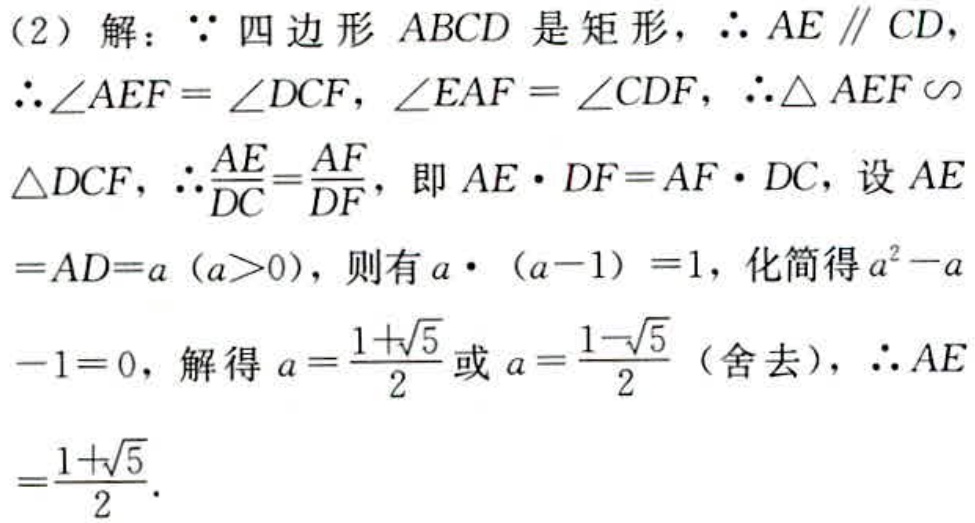
（2）解：\(\because\) 四边形 \(ABCD\) 是矩形，\(\therefore AE \parallel CD\)，
\(\therefore\angle AEF = \angle DCF\)，\(\angle EAF = \angle CDF\)，\(\therefore\triangle AEF \sim\)
\(\triangle DCF\)，\(\therefore\frac{AE}{DC}=\frac{AF}{DF}\)，即 \(AE\cdot DF = AF\cdot DC\)，设 \(AE\)
\(=AD = a\ (a > 0)\)，则有 \(a\cdot (a - 1) = 1\)，化简得 \(a^{2}-a\)
\(-1 = 0\)，解得 \(a=\frac{1 + \sqrt{5}}{2}\) 或 \(a=\frac{1 - \sqrt{5}}{2}\)（舍去），\(\therefore AE\)
\(=\frac{1 + \sqrt{5}}{2}\)．